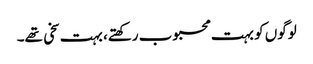
لوگوں کو بہت محبوب رکھتے، بہت سخی تھے۔